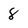
Character: 8